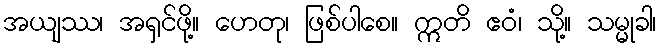
အယျဿ၊ အရှင်ဖို့။ ဟေတု၊ ဖြစ်ပါစေ။ ဣတိ ဧဝံ၊ သို့။ သမ္မုခါ၊